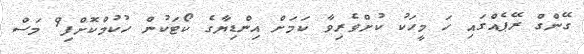
ގޭންގް ރޭޕެއްގައި ހަ މީހަކު ކުށްވެރިވާ ކަމަށް އިންޑިޔާގެ ކޯޓަކުން ހުކުމްކޮށްފި9 މަސް